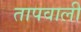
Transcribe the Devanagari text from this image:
तापवाली